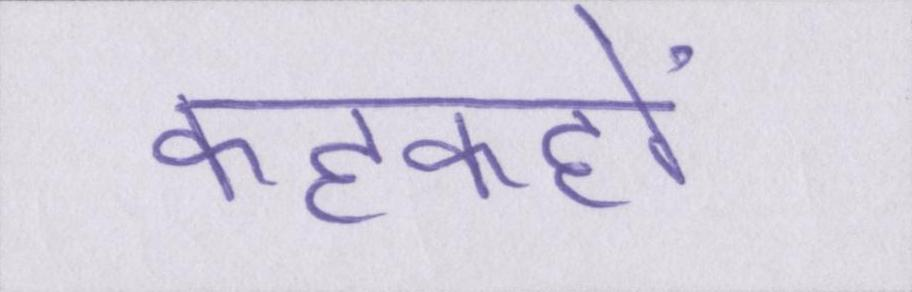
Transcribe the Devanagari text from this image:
कहकहों